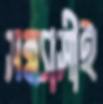
সন্ন্যাসীই